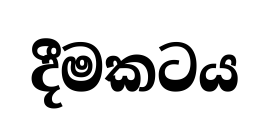
දීමකටය